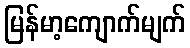
မြန်မာ့ကျောက်မျက်